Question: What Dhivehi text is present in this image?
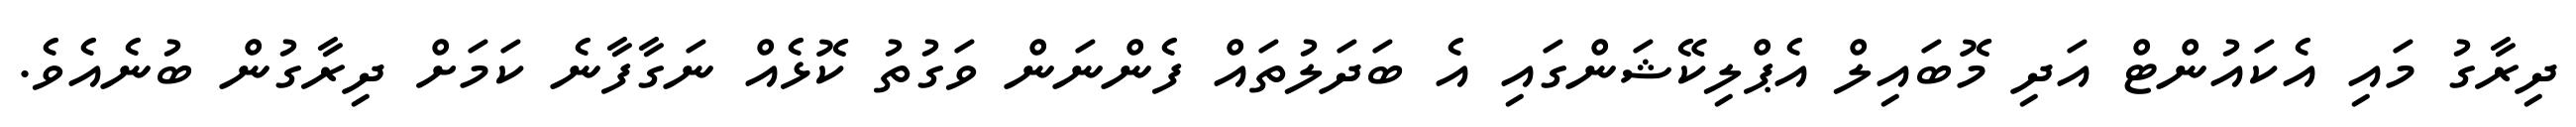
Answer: ދިރާގު މައި އެކައުންޓް އަދި މޮބައިލް އެޕްލިކޭޝަންގައި އެ ބަދަލުތައް ފެންނަން ވަގުތު ކޮޅެއް ނަގާފާނެ ކަމަށް ދިރާގުން ބުނެއެވެ.